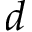
d